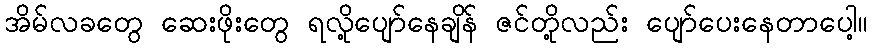
အိမ်လခတွေ ဆေးဖိုးတွေ ရလို့ပျော်နေချိန် ဇင်တို့လည်း ပျော်ပေးနေတာပေါ့။